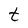
Character: t